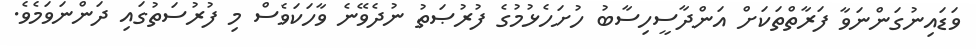
ވަޑައިނުގަންނަވާ ފަރާތްތަކަށް އަންދާސީހިސާބު ހުށަހެޅުމުގެ ފުރުޞަތު ނުދެވޭނެ ވާހަކަވެސް މި ފުރުސަތުގައި ދަންނަވަމެވެ.